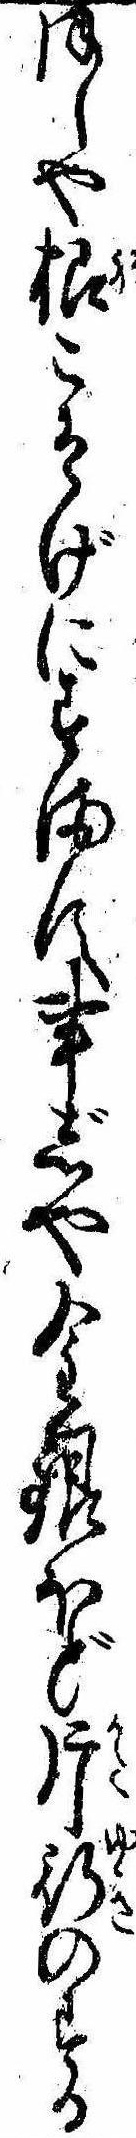
ほしや根こそげにすます事じや金銀ほど片行のする